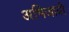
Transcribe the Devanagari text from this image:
अभिजात्री